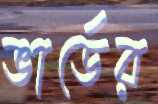
ভার্ডের